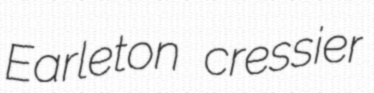
Earleton cressier